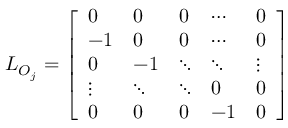
\begin{array} { r } { L _ { O _ { j } } = \left[ \begin{array} { l l l l l } { 0 } & { 0 } & { 0 } & { \cdots } & { 0 } \\ { - 1 } & { 0 } & { 0 } & { \cdots } & { 0 } \\ { 0 } & { - 1 } & { \ddots } & { \ddots } & { \vdots } \\ { \vdots } & { \ddots } & { \ddots } & { 0 } & { 0 } \\ { 0 } & { 0 } & { 0 } & { - 1 } & { 0 } \end{array} \right] } \end{array}